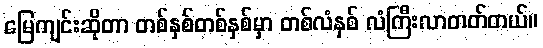
မြေကျင်းဆိုတာ တစ်နှစ်တစ်နှစ်မှာ တစ်လံနှစ် လံကြီးလာတတ်တယ်။